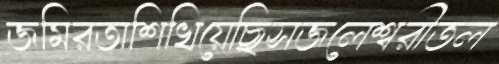
জমিরতাশিখিয়েছিসজলেশ্বরীতল